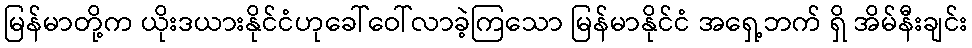
မြန်မာတို့က ယိုးဒယားနိုင်ငံဟုခေါ်ဝေါ်လာခဲ့ကြသော မြန်မာနိုင်ငံ အရှေ့ဘက် ရှိ အိမ်နီးချင်း